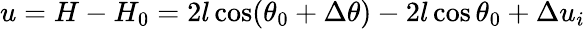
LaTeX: \begin{array}{r}{u=H-H_{0}=2l\cos(\theta_{0}+\Delta\theta)-2l\cos\theta_{0}+\Delta u_{i}}\end{array}